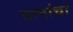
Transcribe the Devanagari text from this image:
तानांचा